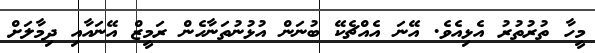
މީހާ ތުރުތުރު އެޅިއެވެ. އޭނަ އެއްޗެކޭ ބުނަން އުޅުނުތަނާހެން ރަމީޒް އޭނައާއި ދިމާލަށް